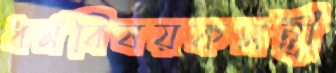
ধর্মবিষয়কমন্ত্রী